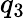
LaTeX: q_{3}